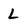
Character: L